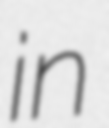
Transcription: in